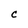
Character: C